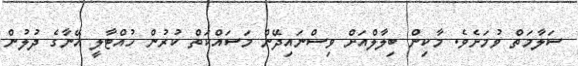
ސަލާމަތް ވުމަށެވެ. މާކިން ބިލާލްއަށް ވިސްނައިދޭން މަސައްކަތް ކުރުން ހުއްޓާލީ އޭނާގެ ދުލުން